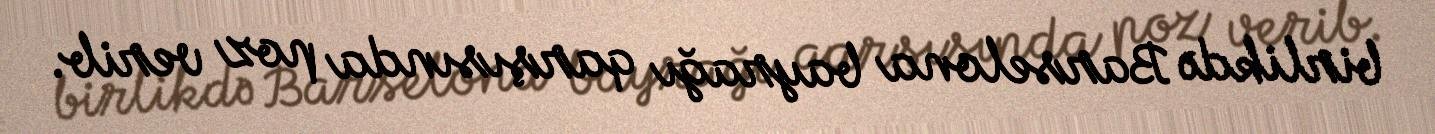
birlikdə Barselona bayrağı qarşısında poz verib.